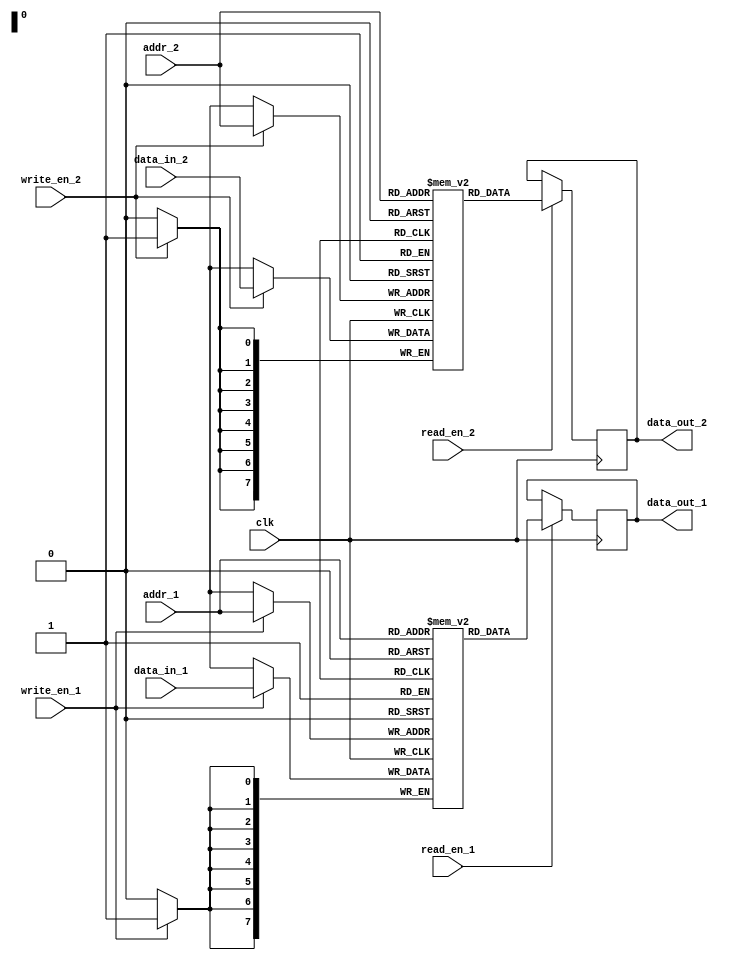
module multiport_register_file (
    input  wire clk,
    input  wire [7:0] addr_1,
    input  wire [7:0] addr_2,
    input  wire [7:0] data_in_1,
    input  wire [7:0] data_in_2,
    input  wire write_en_1,
    input  wire write_en_2,
    input  wire read_en_1,
    input  wire read_en_2,
    output reg [7:0] data_out_1,
    output reg [7:0] data_out_2
);

reg [7:0] mem_block_1 [0:255];
reg [7:0] mem_block_2 [0:255];

always @(posedge clk) begin
    if (write_en_1) begin
        mem_block_1[addr_1] <= data_in_1;
    end
    
    if (write_en_2) begin
        mem_block_2[addr_2] <= data_in_2;
    end
    
    if (read_en_1) begin
        data_out_1 <= mem_block_1[addr_1];
    end
    
    if (read_en_2) begin
        data_out_2 <= mem_block_2[addr_2];
    end
end

endmodule